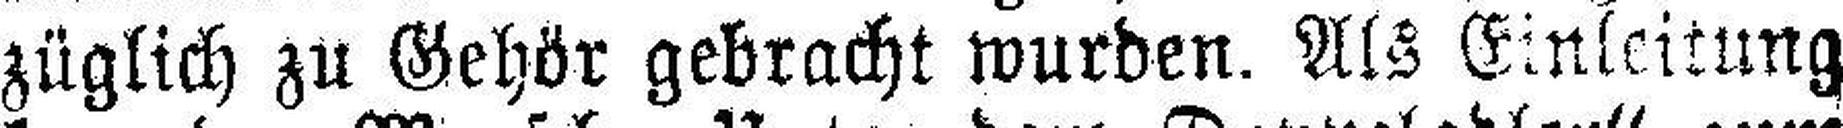
züglich zu Gehör gebracht wurden. Als Einleitung